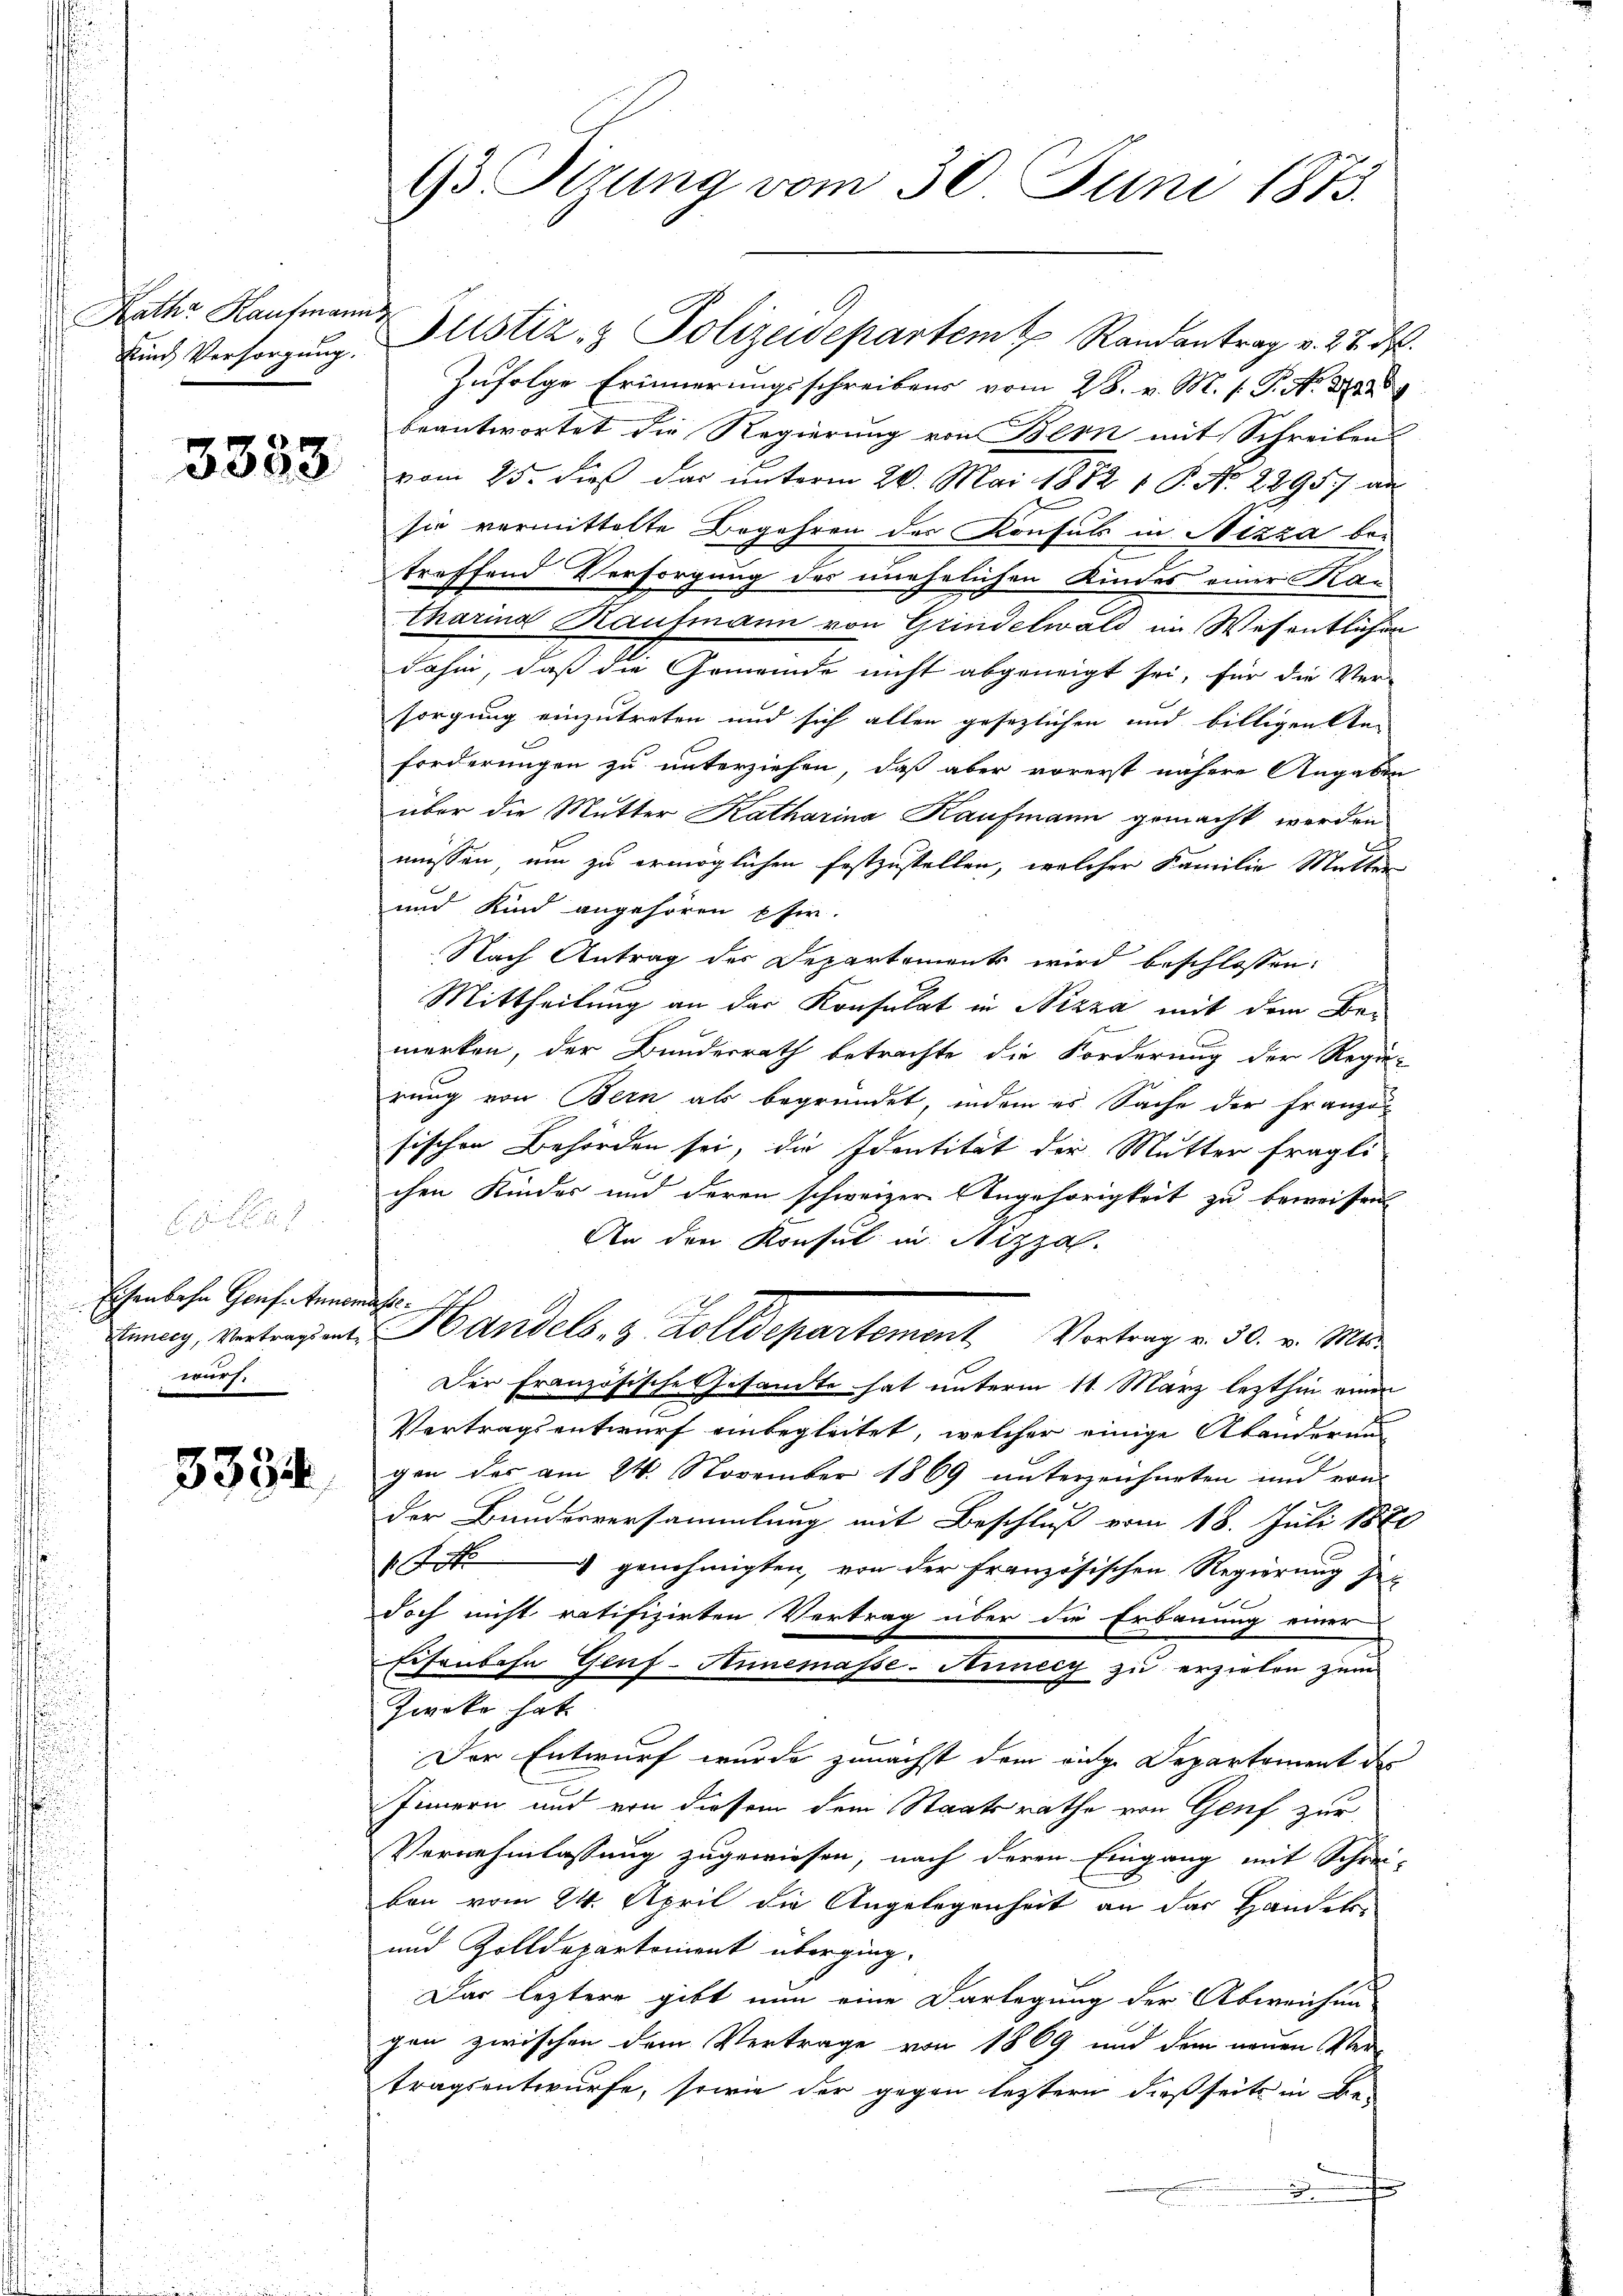
Raths Kaufmann
Kind Versorgung.

3333.

Eisenbahn Genf. Annen.
Sunecy, Vertragsentwurf.

3334

93 Sizung vom 30. Juni 1873.

Zufolge Erinnerungsschreibens vom 28. v. M. h. T. N. 3288
beantwortet die Regierung von Bern mit Schreiben
vom 25. dieß das unterm 20. Mai 1882 1 P. Nr. 2295/ an
sie vermittelte Begehren des Konsuls in Nizza betreffend Versorgung des unehelichen Kindes einer Katharina Kaufmann von Grindelwald im Wesentlichen
dahin, daß die Gemeinde nicht abgeneigt sei, für die Ver-
sorgung einzutreten und sich allen gesezlichen und billigen An-
forderungen zu unterziehen, daß aber vorerst nähere Angaben
über die Mutter Katharina Kaufmann gemacht werden
müssen um zu ermöglichen festzustellen, welcher Familie Mutter
und Kind angehören sie.
Nach Antrag des Departements wird beschlossen:
Mittheilung an der Konsulat in Nizza mit dem Bemerken, der Bundesrath betrachte die Forderung der Regie-
rung von Bern als begründet, indem es Sache der Franzon
sischen Behörden sei, die Identität der Mutter fragli-
chen Kinder und deren schweizer Angehörigkeit zu beweisen
An den Konsul in Seizzal.
f
Handels- & Zolldepartement. Vertrag v. 30. v. Mar
Der französische Gesandte hat unterm 11. März lezthin einen
Vertragsentwurf einbegleitet, welcher einige Abänderung
gen des am 24. November 1869 unterzeichneten und von
der Bauderversammlung mit Beschluß vom 18. Juli 1870
17 genehmigten, von der französischen Regierung jen
doch nicht ratifizirten Vertrag über die Erbauung einer
Eisenbahn Genf-Annemasse-Anneig zu erzielen zum
Zwoko hat.
Der Entwurf wurde zunächst dem eige Departement des
Innern und von diesem dem Staatsrathe von Genf zur
Vernehmlassung zugewiesen, nach deren Eingang mit Schrei-
bon vom 24. April die Angelegenheit an das Handels-
und Zolldepartement überging-
Das leztere gibt nun eine Darlegung der Abweichen
gen zwischen dem Vertrage von 1869 und dem neuen Ver-
tragsentwurfe, sowie der gegen leztern dießseits in Be-

Justiz- & Polizeidepartem Randantrag v. 28. d.